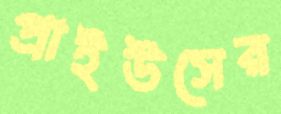
প্রাইউসের